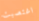
اغتصبت